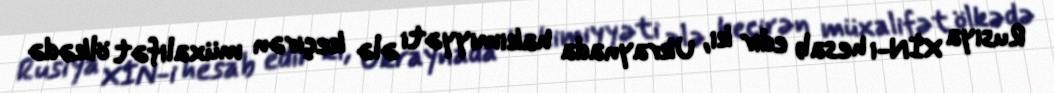
Rusiya XİN-i hesab edir ki, Ukraynada hakimiyyəti ələ keçirən müxalifət ölkədə